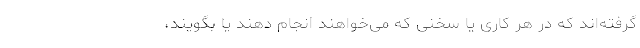
گرفته‌اند که در هر کاری یا سخنی که می‌خواهند انجام دهند یا بگویند،